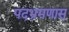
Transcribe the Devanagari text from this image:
पदभ्रमणास